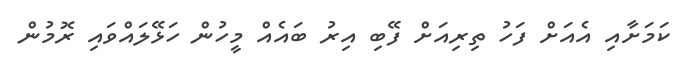
ކަމަށާއި އެއަށް ފަހު ތިރިއަށް ފޭބި އިރު ބައެއް މީހުން ހަޅޭލައްވައި ރޮމުން